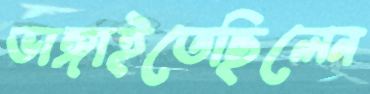
ভাঙ্গাইতেছিলেন